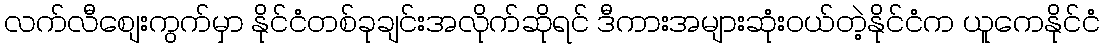
လက်လီစျေးကွက်မှာ နိုင်ငံတစ်ခုချင်းအလိုက်ဆိုရင် ဒီကားအများဆုံးဝယ်တဲ့နိုင်ငံက ယူကေနိုင်ငံ